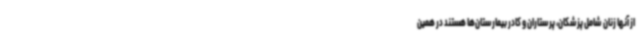
از آنها زنان شامل پزشکان، پرستاران و کادر بیمارستان‌ها هستند در همین